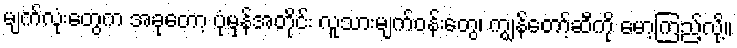
မျက်လုံးတွေက အခုတော့ ပုံမှန်အတိုင်း လူသားမျက်ဝန်းတွေ၊ ကျွန်တော့်ဆီကို မော့ကြည့်လို့။